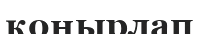
қоңырлап